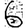
Digit: 6